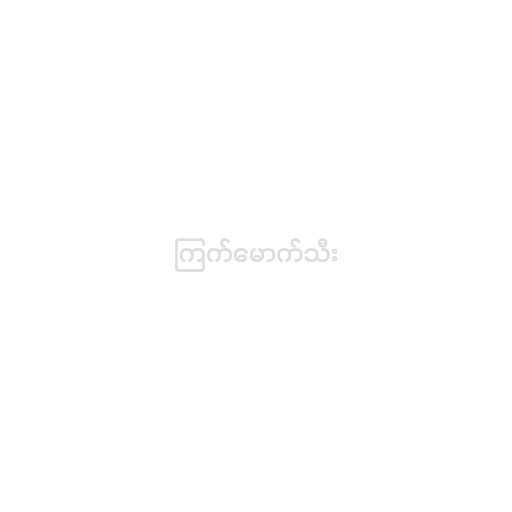
ကြက်မောက်သီး